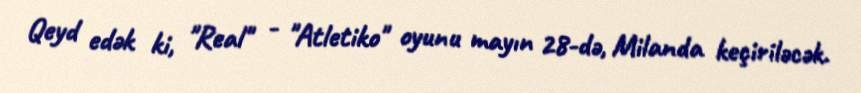
Qeyd edək ki, "Real" - "Atletiko" oyunu mayın 28-də, Milanda keçiriləcək.